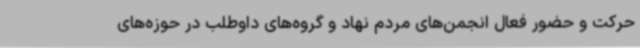
حرکت و حضور فعال انجمن‌های مردم نهاد و گروه‌های داوطلب در حوزه‌های